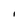
Character: I